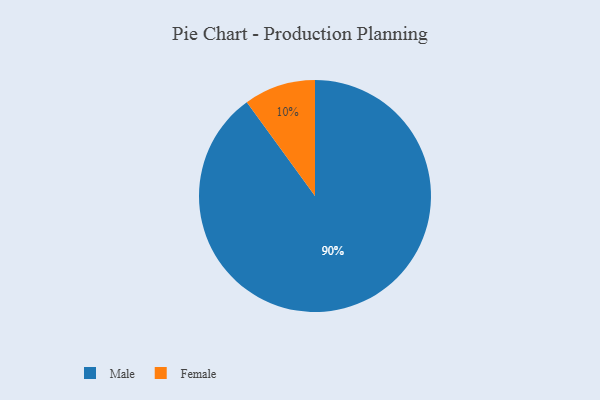
{"axis": {"x": "Category", "y": "Percentage"}, "legend": ["Female", "Male"], "data": [{"x": "Female", "y": 10, "type": "Female"}, {"x": "Male", "y": 90, "type": "Male"}]}